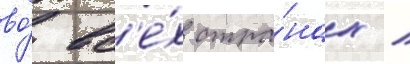
во́ вс'е́х стра́нах /